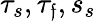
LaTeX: \tau_{s},\tau_{\mathfrak{f}},s_{s}